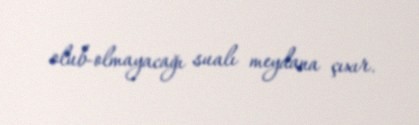
olub-olmayacağı sualı meydana çıxır.